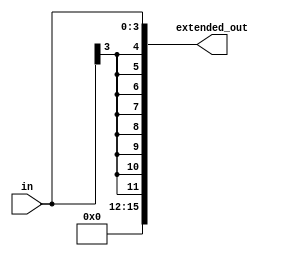
//Sign Extend Unit

module SignExtend(in, extended_out);

input [3:0] in;
output reg [15:0] extended_out;


always @ (*)
begin
   extended_out = { {8{in[3]}}, in};
end
endmodule